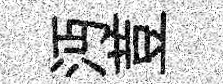
沔荳